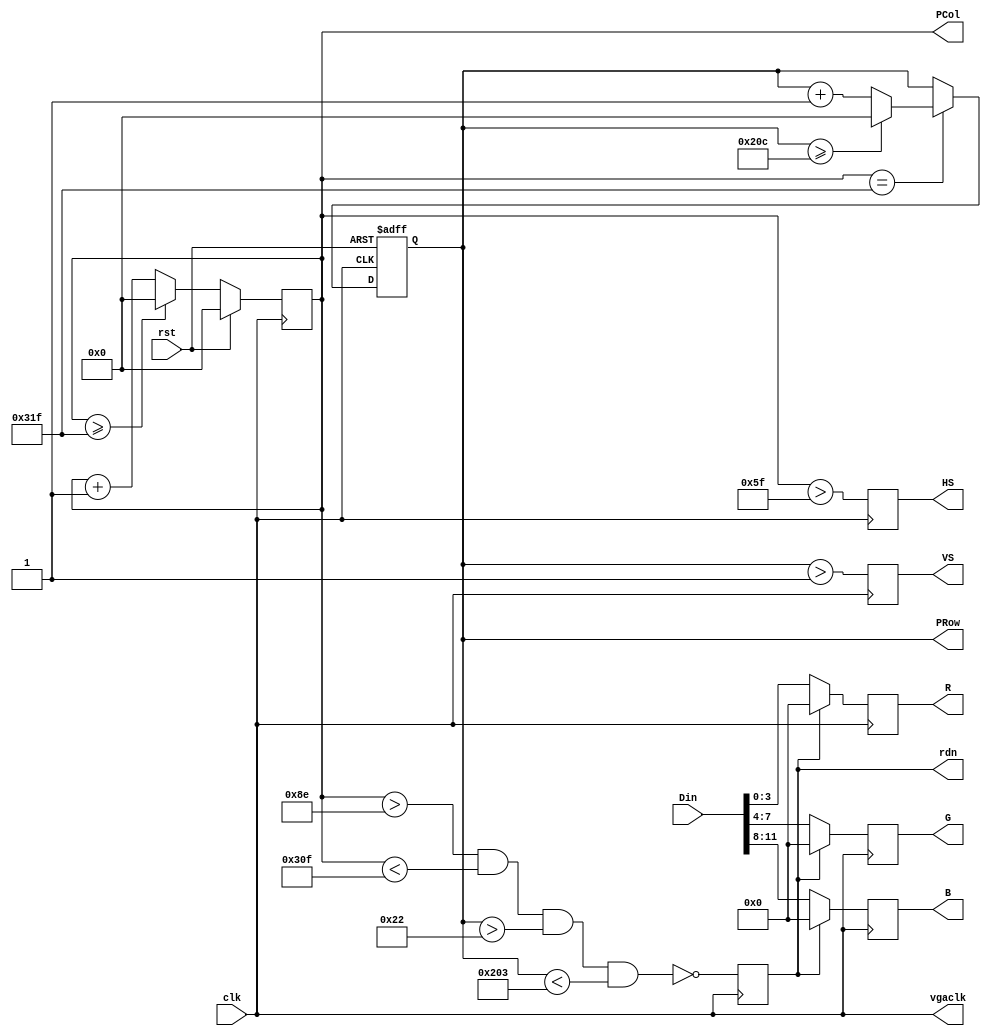
module  vga(input clk,					 // clk = 100Hz
				input rst,
				input [11:0]Din,			// bbbb_gggg_rrrr, pixel
				output  [9:0]PCol,		    // pixel ram row address, 480 (512) lines
				output  [9:0]PRow,		    // pixel ram col address, 640 (1024) pixels
				output reg rdn,			   // read pixel RAM (active_low)
				output reg [3:0]R, G, B,    // red, green, blue colors
				output reg HS, VS,			// horizontal and vertical synchronization
				output vgaclk               //vga clk = 25MHz
				); 
				
/*reg[1:0] clk1;				
   always @ (posedge clk) 
                    if (rst) clk1 <= 0;
                    else clk1 <= clk1 + 1;
*/                    
   assign vgaclk = clk; //1[1];                 
       		
// h_count: VGA horizontal counter (0-799)
reg [9:0] h_count; // VGA horizontal counter (0-799): pixels
   always @ (posedge vgaclk) begin
       if (rst) begin
           h_count <= 10'h0;
       end else if (h_count >= 10'd799) begin
           h_count <= 10'h0;
       end else begin 
           h_count <= h_count + 10'h1;
       end
   end
// v_count: VGA vertical counter (0-524)
reg [9:0] v_count; // VGA vertical   counter (0-524): lines
   always @ (posedge vgaclk or posedge rst) begin
       if (rst) begin
           v_count <= 10'h0;
       end else if (h_count == 10'd799) begin
           if (v_count >= 10'd524) begin
               v_count <= 10'h0;
           end else begin
               v_count <= v_count + 10'h1;
           end
       end
   end
    // signals, will be latched for outputs
   // wire  [9:0] row_addr =  v_count - 10'd35;     // pixel ram row addr 
   // wire  [9:0] col_addr =  h_count - 10'd143;    // pixel ram col addr 
   assign  PCol  =  h_count;// - 10'd143;    					// pixel Screen addr col
   assign  PRow  =  v_count;// - 10'd35;                         // pixel Screen addr row

    wire        h_sync = (h_count > 10'd95);    	//  96 -> 799
    wire        v_sync = (v_count > 10'd1);     	//   2 -> 524
    wire        read   = (h_count > 10'd142) && 	// 143 -> 782
                         (h_count < 10'd783) && 	//        640 pixels
                         (v_count > 10'd34)  && 	//  35 -> 514
                         (v_count < 10'd515);   	//        480 lines
    // vga signals
    always @ (posedge vgaclk) begin
        //row <= row_addr[8:0]; // pixel ram row address
        //col <= col_addr;      // pixel ram col address
        rdn <= ~read;     		// read pixel (active low)
        HS  <= h_sync;   		// horizontal synchronization
        VS  <= v_sync;   		// vertical   synchronization
        R   <= rdn ? 4'h0 : Din[3:0]; 		// 3-bit red
        G   <= rdn ? 4'h0 : Din[7:4]; 		// 3-bit green
        B   <= rdn ? 4'h0 : Din[11:8]; 	// 2-bit blue
    end
	 
endmodule